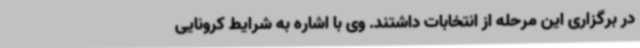
در برگزاری این مرحله از انتخابات داشتند. وی با اشاره به شرایط کرونایی